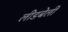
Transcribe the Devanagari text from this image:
लीडबेली